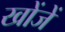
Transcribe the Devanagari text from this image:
खोंजें